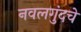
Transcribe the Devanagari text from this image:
नवलगुंदचे